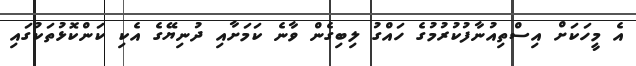
އެ މީހަކަށް އިސްތިއުނާފުކުރުމުގެ ހައްގު ލިބިގެން ވާނެ ކަމަށާއި ދުނިޔޭގެ އެކި ކަންކޮޅުތަކުގައި